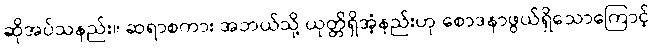
ဆိုအပ်သနည်း။ ဆရာစကား အဘယ်သို့ ယုတ္တိရှိအံ့နည်းဟု စောဒနာဖွယ်ရှိသောကြောင့်